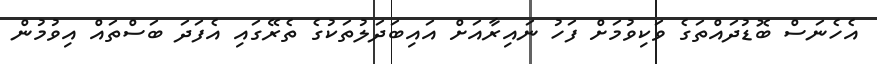
އެހެނަސް ބޮޑުދައްތަގެ ވަކިވުމަށް ފަހު ނައިރާއަށް އައިބަދަލުތަކުގެ ތެރޭގައި އެފަދަ ބަސްތައް އިވުމުން